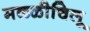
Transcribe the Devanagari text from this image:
मळ्ळीचिलू